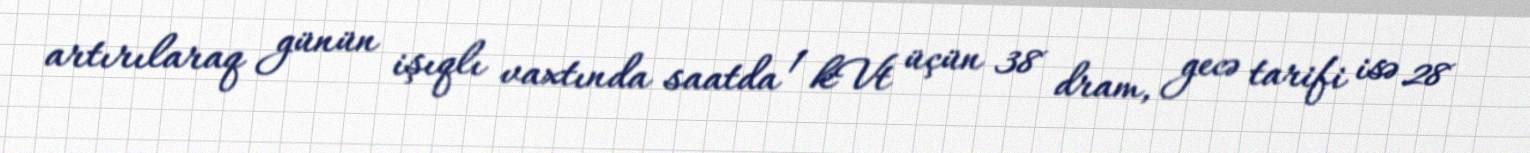
artırılaraq günün işıqlı vaxtında saatda 1 kVt üçün 38 dram, gecə tarifi isə 28